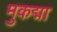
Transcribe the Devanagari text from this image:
मुकद्मा